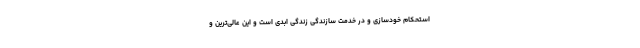
استحکام خودسازی و در خدمت سازندگی زندگی ابدی است و این عالی‌ترین و